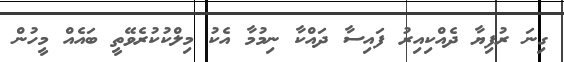
ގިނަ ރުފިޔާ ދެއްކިއިރު ފައިސާ ދައްކާ ނިމުމާ އެކު މިލްކުކުރެވޭތީ ބައެއް މީހުން